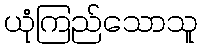
ယုံကြည်သောသူ